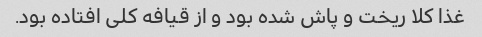
غذا کلا ریخت و پاش شده بود و از قیافه کلی افتاده بود.